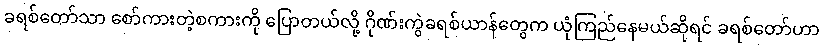
ခရစ်တော်သာ စော်ကားတဲ့စကားကို ပြောတယ်လို့ ဂိုဏ်းကွဲခရစ်ယာန်တွေက ယုံကြည်နေမယ်ဆိုရင် ခရစ်တော်ဟာ